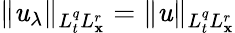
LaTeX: \| \mathit{u}_{\lambda}\| _{L_{t}^{q}L_{\mathbf{x}}^{r}}=\| \mathit{u}\| _{L_{t}^{q}L_{\mathbf{x}}^{r}}